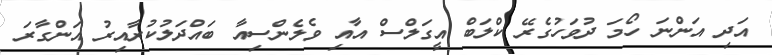
އަދި އަންނަ ހޯމަ ދުވަހުގެރޭ ކްލަބް އީގަލްސް އާއި ވެލެންސިއާ ބައްދަލުކުރާއިރު އަންގާރަ